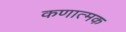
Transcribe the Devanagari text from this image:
कणात्मक